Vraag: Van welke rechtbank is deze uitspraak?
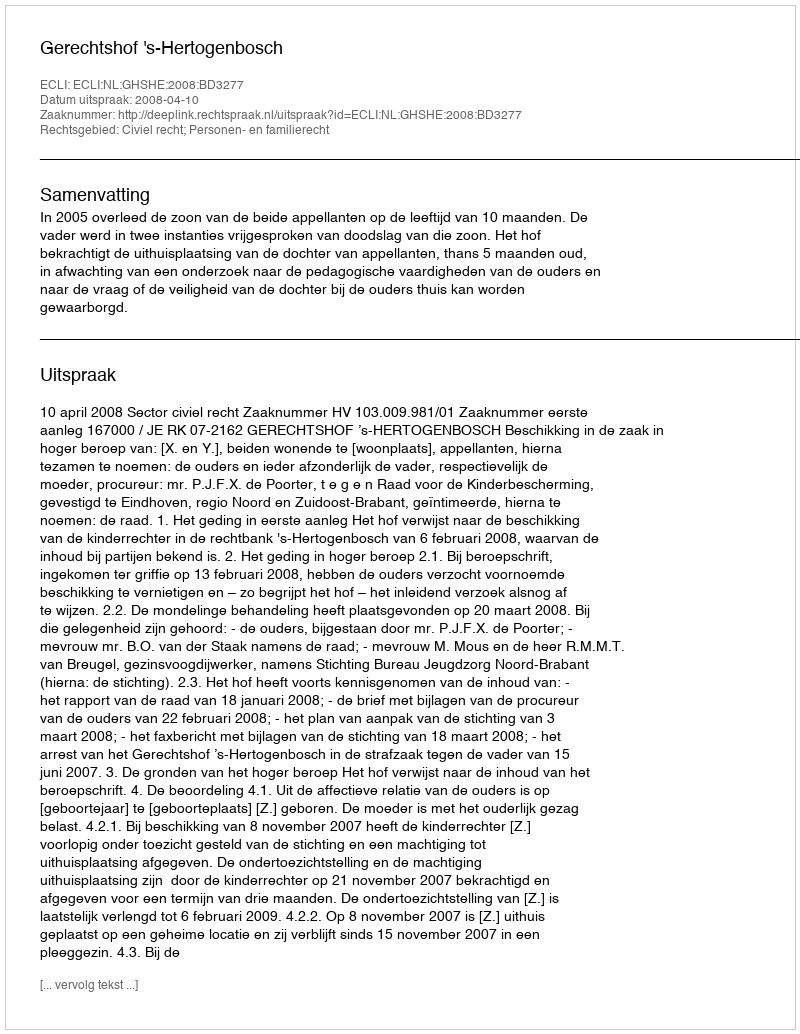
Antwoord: Gerechtshof 's-Hertogenbosch